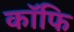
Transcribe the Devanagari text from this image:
कॉफि